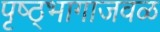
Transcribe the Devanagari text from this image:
पृष्ठ्भागाजवळ